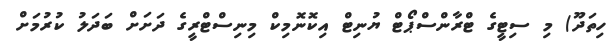
ހިތަދޫ) މި ސިޓީގެ ޓްރާންސްޕޯޓް ޔުނިޓް އިކޮނޮމިކް މިނިސްޓްރީގެ ދަށަށް ބަދަލު ކުރުމަށް